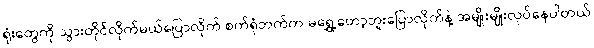
ရုံးတွေကို သွားတိုင်လိုက်မယ်ပြောလိုက် စက်ရုံဘက်က မရွှေ့တော့ဘူးပြောလိုက်နဲ့ အမျိုးမျိုးလုပ်နေပါတယ်